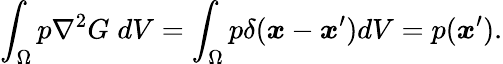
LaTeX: \int_{\Omega}p\nabla^{2}G\; dV=\int_{\Omega}p\delta(\boldsymbol{x}-\boldsymbol{x}^{\prime})dV=p(\boldsymbol{x}^{\prime}).